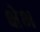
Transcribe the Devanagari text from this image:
क्षेभ